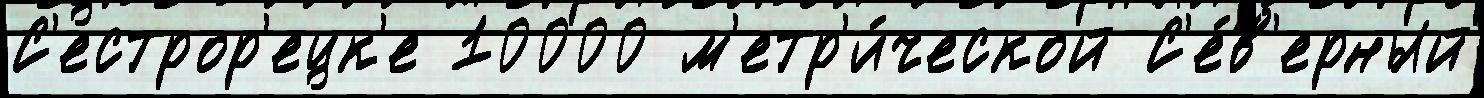
С'естрор'ецк'е 10000 м'етр'и́ческой С'е́в'ерный